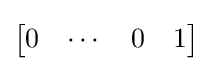
{\begin{bmatrix}0&\cdots &0&1\end{bmatrix}}